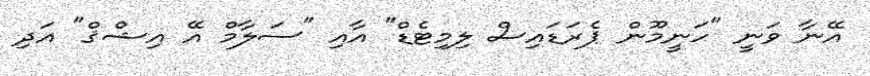
އޭނާ ވަނީ "ހަނީމޫން ޕެރަޑައިސް ލިމިޓެޑް" އާއި "ސަލާމް އޭ އިޝްޤް" އަދި